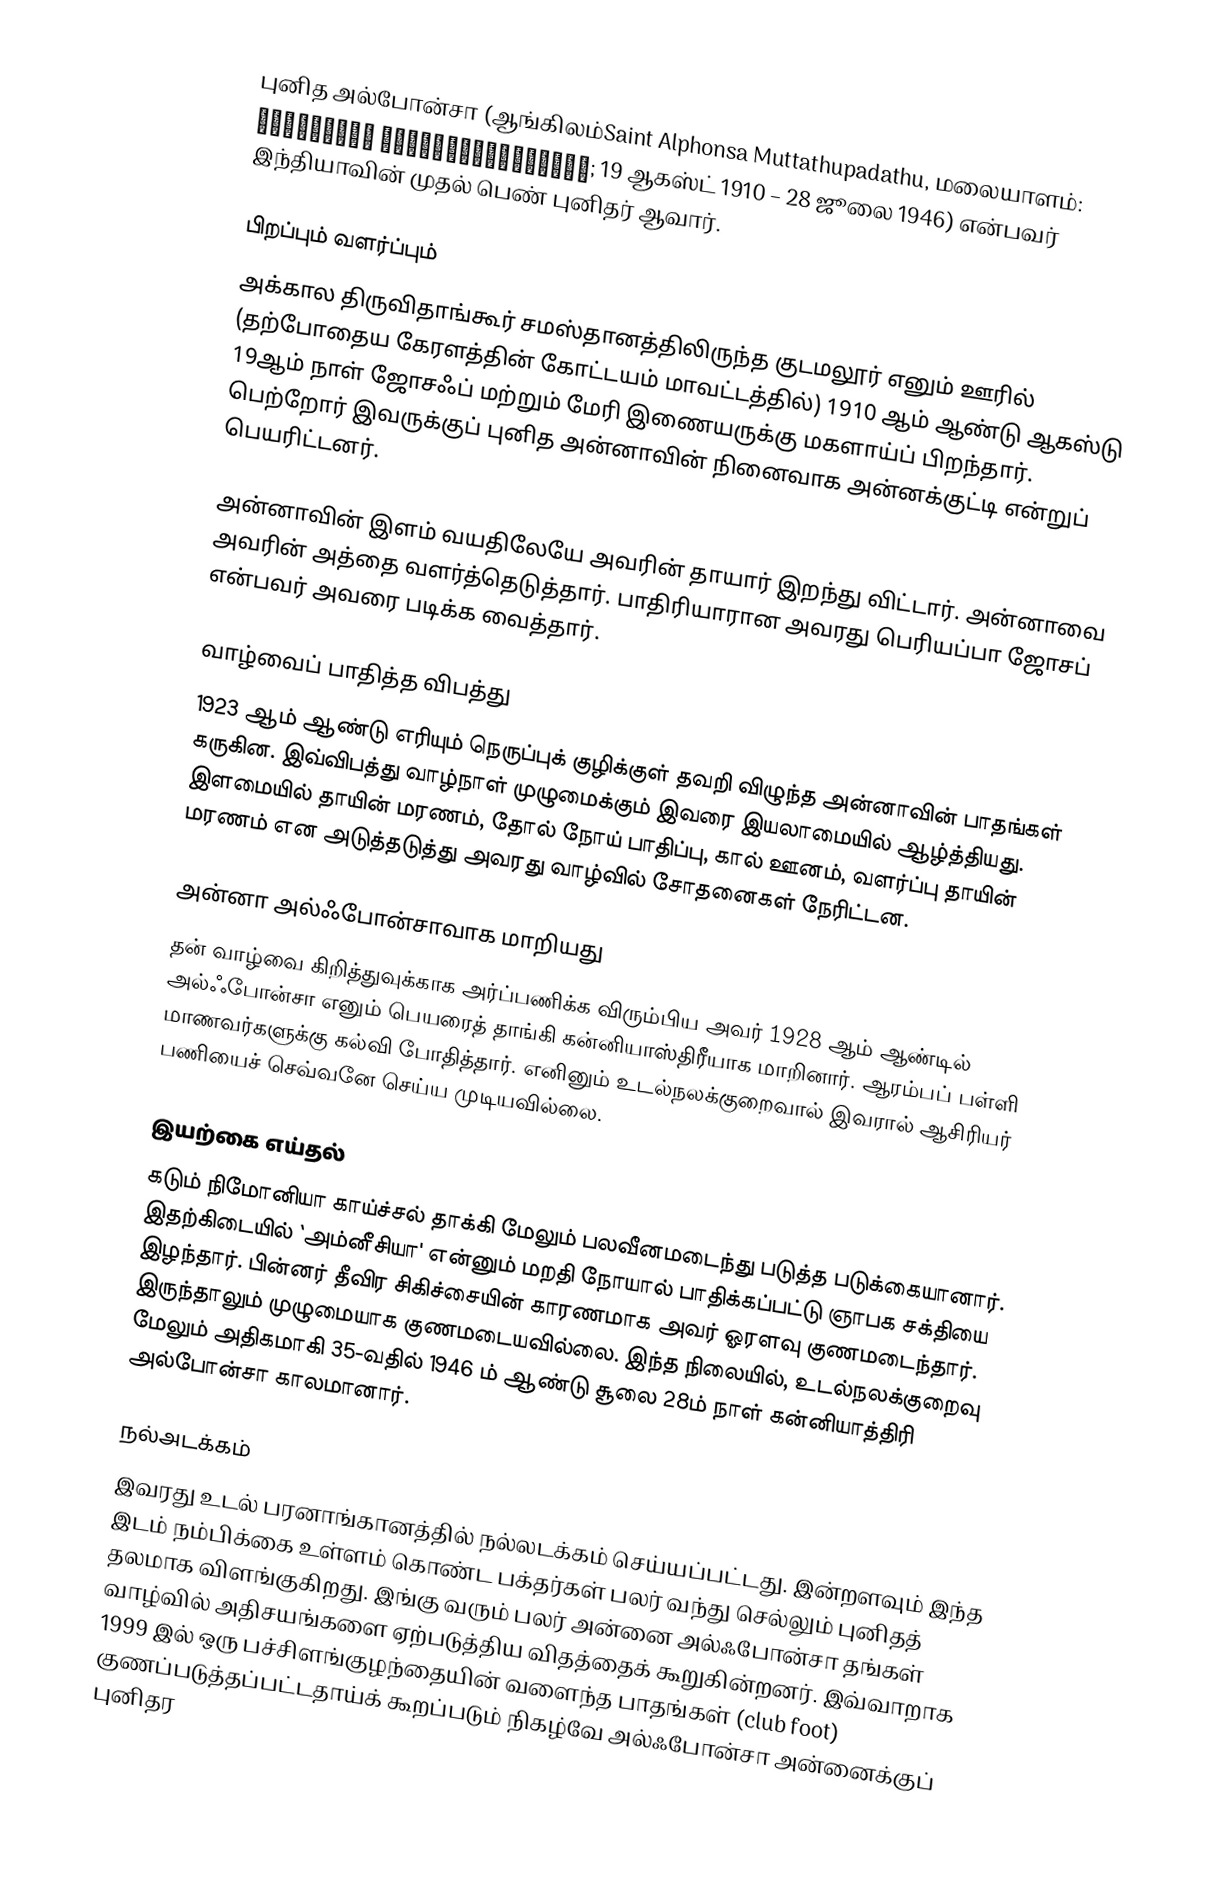
புனித அல்போன்சா (ஆங்கிலம்Saint Alphonsa Muttathupadathu, மலையாளம்: അല്ഫോണ്സാ മുട്ടത്തുപാടത്ത്; 19 ஆகஸ்ட் 1910 – 28 ஜூலை 1946) என்பவர் இந்தியாவின் முதல் பெண் புனிதர் ஆவார்.

பிறப்பும் வளர்ப்பும்
அக்கால திருவிதாங்கூர் சமஸ்தானத்திலிருந்த குடமலூர் எனும் ஊரில் (தற்போதைய கேரளத்தின் கோட்டயம் மாவட்டத்தில்) 1910 ஆம் ஆண்டு ஆகஸ்டு 19ஆம் நாள் ஜோசஃப் மற்றும் மேரி இணையருக்கு மகளாய்ப் பிறந்தார். பெற்றோர் இவருக்குப் புனித அன்னாவின் நினைவாக அன்னக்குட்டி என்றுப் பெயரிட்டனர்.

அன்னாவின் இளம் வயதிலேயே அவரின் தாயார் இறந்து விட்டார். அன்னாவை அவரின் அத்தை வளர்த்தெடுத்தார். பாதிரியாரான அவரது பெரியப்பா ஜோசப் என்பவர் அவரை படிக்க வைத்தார்.

வாழ்வைப் பாதித்த விபத்து
1923 ஆம் ஆண்டு எரியும் நெருப்புக் குழிக்குள் தவறி விழுந்த அன்னாவின் பாதங்கள் கருகின. இவ்விபத்து வாழ்நாள் முழுமைக்கும் இவரை இயலாமையில் ஆழ்த்தியது. இளமையில் தாயின் மரணம், தோல் நோய் பாதிப்பு, கால் ஊனம், வளர்ப்பு தாயின் மரணம் என அடுத்தடுத்து அவரது வாழ்வில் சோதனைகள் நேரிட்டன.

அன்னா அல்ஃபோன்சாவாக மாறியது
தன் வாழ்வை கிறித்துவுக்காக அர்ப்பணிக்க விரும்பிய அவர் 1928 ஆம் ஆண்டில் அல்ஃபோன்சா எனும் பெயரைத் தாங்கி கன்னியாஸ்திரீயாக மாறினார். ஆரம்பப் பள்ளி மாணவர்களுக்கு கல்வி போதித்தார். எனினும் உடல்நலக்குறைவால் இவரால் ஆசிரியர் பணியைச் செவ்வனே செய்ய முடியவில்லை.

இயற்கை எய்தல்
கடும் நிமோனியா காய்ச்சல் தாக்கி மேலும் பலவீனமடைந்து படுத்த படுக்கையானார். இதற்கிடையில் `அம்னீசியா' என்னும் மறதி நோயால் பாதிக்கப்பட்டு ஞாபக சக்தியை இழந்தார். பின்னர் தீவிர சிகிச்சையின் காரணமாக அவர் ஓரளவு குணமடைந்தார். இருந்தாலும் முழுமையாக குணமடையவில்லை. இந்த நிலையில், உடல்நலக்குறைவு மேலும் அதிகமாகி 35-வதில் 1946 ம் ஆண்டு சூலை 28ம் நாள் கன்னியாத்திரி அல்போன்சா காலமானார்.

நல்அடக்கம்
இவரது உடல் பரனாங்கானத்தில் நல்லடக்கம் செய்யப்பட்டது. இன்றளவும் இந்த இடம்  நம்பிக்கை உள்ளம் கொண்ட பக்தர்கள் பலர் வந்து செல்லும் புனிதத் தலமாக விளங்குகிறது. இங்கு வரும் பலர் அன்னை அல்ஃபோன்சா தங்கள் வாழ்வில் அதிசயங்களை ஏற்படுத்திய விதத்தைக் கூறுகின்றனர். இவ்வாறாக 1999 இல் ஒரு பச்சிளங்குழந்தையின் வளைந்த பாதங்கள் (club foot) குணப்படுத்தப்பட்டதாய்க் கூறப்படும் நிகழ்வே அல்ஃபோன்சா அன்னைக்குப் புனிதர